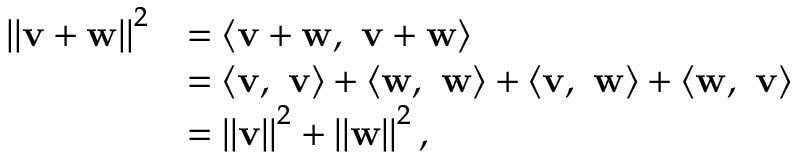
{ \begin{array} { r l } { \left\| \mathbf { v } + \mathbf { w } \right\| ^ { 2 } } & { = \langle \mathbf { v + w } , \ \mathbf { v + w } \rangle } \\ & { = \langle \mathbf { v } , \ \mathbf { v } \rangle + \langle \mathbf { w } , \ \mathbf { w } \rangle + \langle \mathbf { v , \ w } \rangle + \langle \mathbf { w , \ v } \rangle } \\ & { = \left\| \mathbf { v } \right\| ^ { 2 } + \left\| \mathbf { w } \right\| ^ { 2 } , } \end{array} }